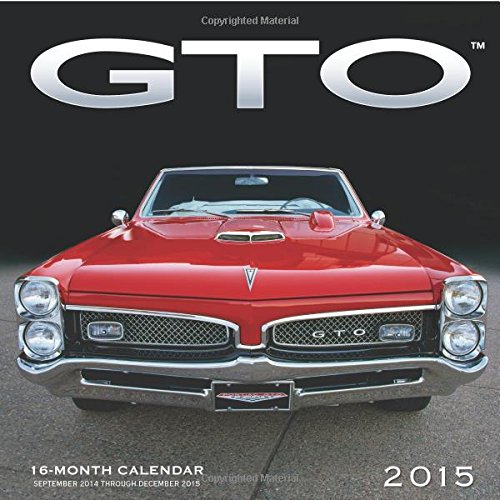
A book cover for GTO 2015: 16-Month Calendar September 2014 through December 2015; Calendars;